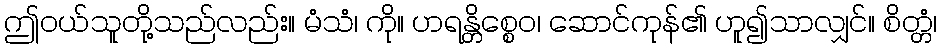
ဤဝယ်သူတို့သည်လည်း။ မံသံ၊ ကို။ ဟရန္တိစ္စေဝ၊ ဆောင်ကုန်၏ ဟူ၍သာလျှင်။ စိတ္တံ၊